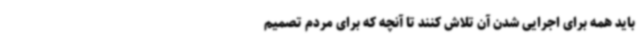
باید همه برای اجرایی شدن آن تلاش کنند تا آنچه که برای مردم تصمیم‌